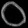
Digit: ၀